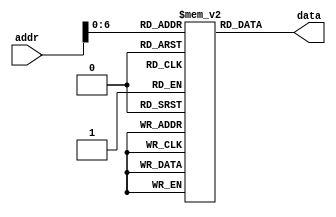
`timescale 1ns / 1ps

module Mem(
   output reg [31:0] data,      
   input wire [31:0] addr   
   );

   reg [31:0] MEM[0:127];
   integer i;

   // initial begin
   // MEM[0] <= 'bA00000AA;
   // MEM[1] <= 'b10000011;
   // MEM[2] <= 'b20000022;
   // MEM[3] <= 'b30000033;
   // MEM[4] <= 'b40000044;
   // MEM[5] <= 'b50000055;
   // MEM[6] <= 'b60000066;
   // MEM[7] <= 'b70000077;
   // MEM[8] <= 'b80000088;
   // MEM[9] <= 'b90000099;
   // end

   initial begin
   MEM[0] <= 'b10001100000000010000000000000001;
   MEM[1] <= 'b10001100000000010000000000000010;
   MEM[2] <= 'b10001100000000010000000000000011;
   MEM[3] <= 'b10000000000000000000000000000000;
   MEM[4] <= 'b10000000000000000000000000000000;
   MEM[5] <= 'b00000000001000100000100000100000;
   MEM[6] <= 'b10000000000000000000000000000000;
   MEM[7] <= 'b10000000000000000000000000000000;
   MEM[8] <= 'b10000000000000000000000000000000;
   MEM[9] <= 'b00000000001000110000100000100000;
   MEM[10] <= 'b10000000000000000000000000000000;
   MEM[11] <= 'b10000000000000000000000000000000;
   MEM[12] <= 'b10000000000000000000000000000000;
   MEM[13] <= 'b00000000001000010000100000100000;
   MEM[14] <= 'b10000000000000000000000000000000;
   MEM[15] <= 'b10000000000000000000000000000000;
   MEM[16] <= 'b10000000000000000000000000000000;
   MEM[17] <= 'b10000000000000000000000000000000;
   MEM[18] <= 'b00000000001000000000100000100000;
   MEM[19] <= 'b10000000000000000000000000000000;
   MEM[20] <= 'b10000000000000000000000000000000;
   MEM[21] <= 'b10000000000000000000000000000000;
   MEM[22] <= 'b10000000000000000000000000000000;
   MEM[23] <= 'b10000000000000000000000000000000;
   end
   
   // initial
   // $readmemb("/home/csusb.edu/005705423/Documents/risc.txt",MEM);
   // begin


   always @(addr) begin
		data <= MEM[addr];
   end
endmodule